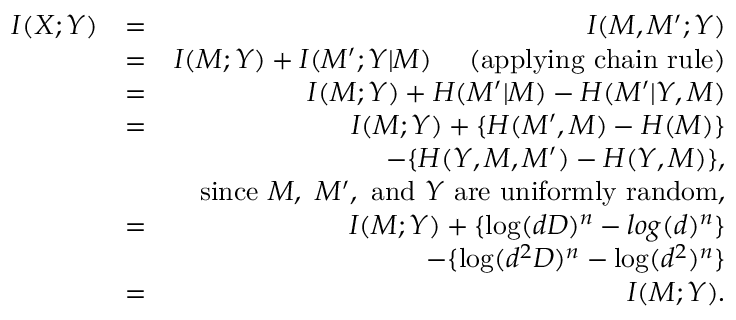
\begin{array} { r l r } { I ( X ; Y ) } & { = } & { I ( M , M ^ { \prime } ; Y ) } \\ & { = } & { I ( M ; Y ) + I ( M ^ { \prime } ; Y | M ) ~ ~ ~ ~ \mathrm { ( a p p l y i n g ~ c h a i n ~ r u l e ) } } \\ & { = } & { I ( M ; Y ) + H ( M ^ { \prime } \vert M ) - H ( M ^ { \prime } \vert Y , M ) } \\ & { = } & { I ( M ; Y ) + \{ H ( M ^ { \prime } , M ) - H ( M ) \} } \\ & { ~ } & { ~ ~ ~ ~ ~ ~ ~ ~ ~ ~ ~ ~ ~ - \{ H ( Y , M , M ^ { \prime } ) - H ( Y , M ) \} , } \\ & { ~ } & { \mathrm { s i n c e } ~ M , ~ M ^ { \prime } , ~ \mathrm { a n d } ~ Y ~ \mathrm { a r e ~ u n i f o r m l y ~ r a n d o m } , } \\ & { = } & { I ( M ; Y ) + \{ \log ( d D ) ^ { n } - l o g ( d ) ^ { n } \} } \\ & { ~ } & { ~ ~ ~ ~ ~ ~ ~ ~ ~ ~ ~ ~ ~ - \{ \log ( d ^ { 2 } D ) ^ { n } - \log ( d ^ { 2 } ) ^ { n } \} } \\ & { = } & { I ( M ; Y ) . } \end{array}